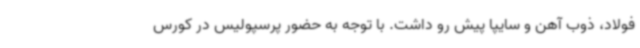
فولاد، ذوب ‌آهن و سایپا پیش رو داشت. با توجه به حضور پرسپولیس در کورس